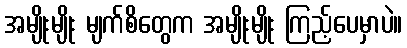
အမျိုးမျိုး မျက်စိတွေက အမျိုးမျိုး ကြည့်ပေမှာပဲ။